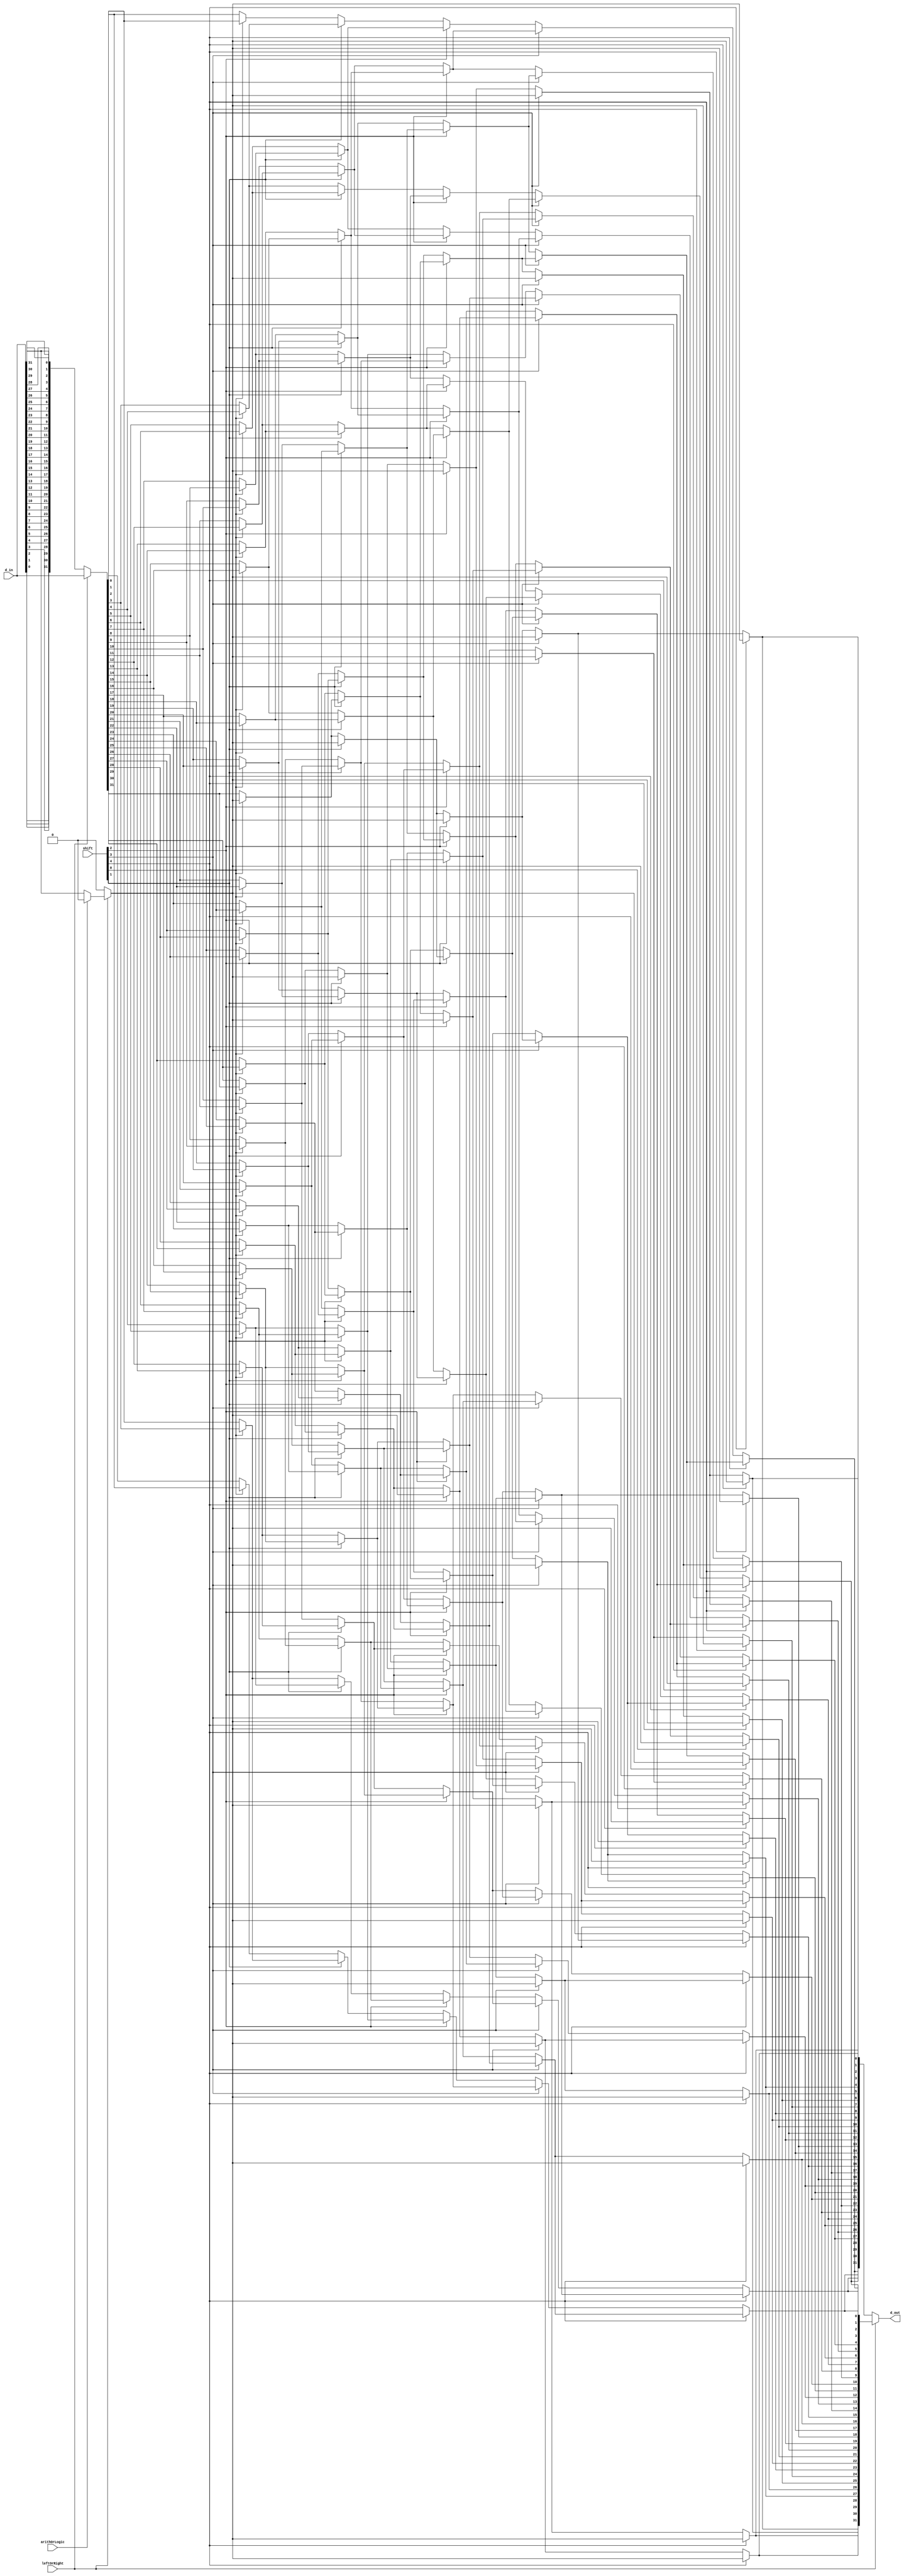
`ifndef __SHIFTER32__
`define __SHIFTER32__
module shifter32#(parameter DATA_WIDTH=32, parameter SHIFT_WIDTH=5) (
        input [DATA_WIDTH-1:0] d_in,
        input [SHIFT_WIDTH-1:0] shift,
        input arithOrLogic, // SRA or SRL
        input leftOrRight, // shift left or right, 1 for right, 0 for left
        output [DATA_WIDTH-1:0] d_out);


    wire M1_00, M1_01, M1_02, M1_03, M1_04, M1_05, M1_06, M1_07, M1_08, M1_09, M1_10, M1_11, M1_12, M1_13, M1_14, M1_15, M1_16, M1_17, M1_18, M1_19, M1_20, M1_21, M1_22, M1_23, M1_24, M1_25, M1_26, M1_27, M1_28, M1_29, M1_30, M1_31;
    wire M2_00, M2_01, M2_02, M2_03, M2_04, M2_05, M2_06, M2_07, M2_08, M2_09, M2_10, M2_11, M2_12, M2_13, M2_14, M2_15, M2_16, M2_17, M2_18, M2_19, M2_20, M2_21, M2_22, M2_23, M2_24, M2_25, M2_26, M2_27, M2_28, M2_29, M2_30, M2_31;
    wire M3_00, M3_01, M3_02, M3_03, M3_04, M3_05, M3_06, M3_07, M3_08, M3_09, M3_10, M3_11, M3_12, M3_13, M3_14, M3_15, M3_16, M3_17, M3_18, M3_19, M3_20, M3_21, M3_22, M3_23, M3_24, M3_25, M3_26, M3_27, M3_28, M3_29, M3_30, M3_31;
    wire M4_00, M4_01, M4_02, M4_03, M4_04, M4_05, M4_06, M4_07, M4_08, M4_09, M4_10, M4_11, M4_12, M4_13, M4_14, M4_15, M4_16, M4_17, M4_18, M4_19, M4_20, M4_21, M4_22, M4_23, M4_24, M4_25, M4_26, M4_27, M4_28, M4_29, M4_30, M4_31;
    wire msbFill;  // is shift right arithmatic, fill the msb with d[DATA_WIDTH-1], otherwish fill msb with 0.
    wire [DATA_WIDTH-1: 0] shifter_d_in, shifter_d_out; // we only implement shift right in shift array, shift left is finishing by turning over the input and turning over the output of the shift array.

    assign msbFill=leftOrRight ? (arithOrLogic?0:d_in[DATA_WIDTH-1]) : 0;
    assign shifter_d_in=leftOrRight? d_in :{d_in[0], d_in[1], d_in[2], d_in[3], d_in[4], d_in[5], d_in[6], d_in[7], d_in[8], d_in[9], d_in[10], d_in[11], d_in[12], d_in[13], d_in[14], d_in[15], d_in[16], d_in[17], d_in[18], d_in[19], d_in[20], d_in[21], d_in[22], d_in[23], d_in[24], d_in[25], d_in[26], d_in[27], d_in[28], d_in[29], d_in[30], d_in[31]};

    // shift array logic begin
    // --------first column of shiter array: first shift column can choose shift by 0 bit or 1 bit
    assign M1_00=shift[0]?shifter_d_in[1] :shifter_d_in[0];
    assign M1_01=shift[0]?shifter_d_in[2] :shifter_d_in[1];
    assign M1_02=shift[0]?shifter_d_in[3] :shifter_d_in[2];
    assign M1_03=shift[0]?shifter_d_in[4] :shifter_d_in[3];
    assign M1_04=shift[0]?shifter_d_in[5] :shifter_d_in[4];
    assign M1_05=shift[0]?shifter_d_in[6] :shifter_d_in[5];
    assign M1_06=shift[0]?shifter_d_in[7] :shifter_d_in[6];
    assign M1_07=shift[0]?shifter_d_in[8] :shifter_d_in[7];
    assign M1_08=shift[0]?shifter_d_in[9] :shifter_d_in[8];
    assign M1_09=shift[0]?shifter_d_in[10]:shifter_d_in[9];
    assign M1_10=shift[0]?shifter_d_in[11]:shifter_d_in[10];
    assign M1_11=shift[0]?shifter_d_in[12]:shifter_d_in[11];
    assign M1_12=shift[0]?shifter_d_in[13]:shifter_d_in[12];
    assign M1_13=shift[0]?shifter_d_in[14]:shifter_d_in[13];
    assign M1_14=shift[0]?shifter_d_in[15]:shifter_d_in[14];
    assign M1_15=shift[0]?shifter_d_in[16]:shifter_d_in[15];
    assign M1_16=shift[0]?shifter_d_in[17]:shifter_d_in[16];
    assign M1_17=shift[0]?shifter_d_in[18]:shifter_d_in[17];
    assign M1_18=shift[0]?shifter_d_in[19]:shifter_d_in[18];
    assign M1_19=shift[0]?shifter_d_in[20]:shifter_d_in[19];
    assign M1_20=shift[0]?shifter_d_in[21]:shifter_d_in[20];
    assign M1_21=shift[0]?shifter_d_in[22]:shifter_d_in[21];
    assign M1_22=shift[0]?shifter_d_in[23]:shifter_d_in[22];
    assign M1_23=shift[0]?shifter_d_in[24]:shifter_d_in[23];
    assign M1_24=shift[0]?shifter_d_in[25]:shifter_d_in[24];
    assign M1_25=shift[0]?shifter_d_in[26]:shifter_d_in[25];
    assign M1_26=shift[0]?shifter_d_in[27]:shifter_d_in[26];
    assign M1_27=shift[0]?shifter_d_in[28]:shifter_d_in[27];
    assign M1_28=shift[0]?shifter_d_in[29]:shifter_d_in[28];
    assign M1_29=shift[0]?shifter_d_in[30]:shifter_d_in[29];
    assign M1_30=shift[0]?shifter_d_in[31]:shifter_d_in[30];
    assign M1_31=shift[0]?msbFill         :shifter_d_in[31];
    // --------second column of shiter array: second shift column can choose shift by 0 bit or 2 bit
    assign M2_00=shift[1]?M1_02   :M1_00;
    assign M2_01=shift[1]?M1_03   :M1_01;
    assign M2_02=shift[1]?M1_04   :M1_02;
    assign M2_03=shift[1]?M1_05   :M1_03;
    assign M2_04=shift[1]?M1_06   :M1_04;
    assign M2_05=shift[1]?M1_07   :M1_05;
    assign M2_06=shift[1]?M1_08   :M1_06;
    assign M2_07=shift[1]?M1_09   :M1_07;
    assign M2_08=shift[1]?M1_10   :M1_08;
    assign M2_09=shift[1]?M1_11   :M1_09;
    assign M2_10=shift[1]?M1_12   :M1_10;
    assign M2_11=shift[1]?M1_13   :M1_11;
    assign M2_12=shift[1]?M1_14   :M1_12;
    assign M2_13=shift[1]?M1_15   :M1_13;
    assign M2_14=shift[1]?M1_16   :M1_14;
    assign M2_15=shift[1]?M1_17   :M1_15;
    assign M2_16=shift[1]?M1_18   :M1_16;
    assign M2_17=shift[1]?M1_19   :M1_17;
    assign M2_18=shift[1]?M1_20   :M1_18;
    assign M2_19=shift[1]?M1_21   :M1_19;
    assign M2_20=shift[1]?M1_22   :M1_20;
    assign M2_21=shift[1]?M1_23   :M1_21;
    assign M2_22=shift[1]?M1_24   :M1_22;
    assign M2_23=shift[1]?M1_25   :M1_23;
    assign M2_24=shift[1]?M1_26   :M1_24;
    assign M2_25=shift[1]?M1_27   :M1_25;
    assign M2_26=shift[1]?M1_28   :M1_26;
    assign M2_27=shift[1]?M1_29   :M1_27;
    assign M2_28=shift[1]?M1_30   :M1_28;
    assign M2_29=shift[1]?M1_31   :M1_29;
    assign M2_30=shift[1]?msbFill :M1_30;
    
    assign M2_31=shift[1]?msbFill :M1_31;
    
    // --------third column of shiter array: third shift column can choose shift by 0 bit or 4 bit
    assign M3_00=shift[2]?M2_04   :M2_00;
    assign M3_01=shift[2]?M2_05   :M2_01;
    assign M3_02=shift[2]?M2_06   :M2_02;
    assign M3_03=shift[2]?M2_07   :M2_03;
    assign M3_04=shift[2]?M2_08   :M2_04;
    assign M3_05=shift[2]?M2_09   :M2_05;
    assign M3_06=shift[2]?M2_10   :M2_06;
    assign M3_07=shift[2]?M2_11   :M2_07;
    assign M3_08=shift[2]?M2_12   :M2_08;
    assign M3_09=shift[2]?M2_13   :M2_09;
    assign M3_10=shift[2]?M2_14   :M2_10;
    assign M3_11=shift[2]?M2_15   :M2_11;
    assign M3_12=shift[2]?M2_16   :M2_12;
    assign M3_13=shift[2]?M2_17   :M2_13;
    assign M3_14=shift[2]?M2_18   :M2_14;
    assign M3_15=shift[2]?M2_19   :M2_15;
    assign M3_16=shift[2]?M2_20   :M2_16;
    assign M3_17=shift[2]?M2_21   :M2_17;
    assign M3_18=shift[2]?M2_22   :M2_18;
    assign M3_19=shift[2]?M2_23   :M2_19;
    assign M3_20=shift[2]?M2_24   :M2_20;
    assign M3_21=shift[2]?M2_25   :M2_21;
    assign M3_22=shift[2]?M2_26   :M2_22;
    assign M3_23=shift[2]?M2_27   :M2_23;
    assign M3_24=shift[2]?M2_28   :M2_24;
    assign M3_25=shift[2]?M2_29   :M2_25;
    assign M3_26=shift[2]?M2_30   :M2_26;
    assign M3_27=shift[2]?M2_31   :M2_27;
    assign M3_28=shift[2]?msbFill :M2_28;
    assign M3_29=shift[2]?msbFill :M2_29;
    assign M3_30=shift[2]?msbFill :M2_30;
    
    assign M3_31=shift[2]?msbFill :M2_31;
    
    // --------forth column of shiter array: forth shift column can choose shift by 0 bit or 8 bit
    assign M4_00=shift[3]?M3_08  :M3_00;
    assign M4_01=shift[3]?M3_09   :M3_01;
    assign M4_02=shift[3]?M3_10   :M3_02;
    assign M4_03=shift[3]?M3_11   :M3_03;
    assign M4_04=shift[3]?M3_12   :M3_04;
    assign M4_05=shift[3]?M3_13   :M3_05;
    assign M4_06=shift[3]?M3_14   :M3_06;
    assign M4_07=shift[3]?M3_15   :M3_07;
    assign M4_08=shift[3]?M3_16   :M3_08;
    assign M4_09=shift[3]?M3_17   :M3_09;
    assign M4_10=shift[3]?M3_18   :M3_10;
    assign M4_11=shift[3]?M3_19   :M3_11;
    assign M4_12=shift[3]?M3_20   :M3_12;
    assign M4_13=shift[3]?M3_21   :M3_13;
    assign M4_14=shift[3]?M3_22   :M3_14;
    assign M4_15=shift[3]?M3_23   :M3_15;
    assign M4_16=shift[3]?M3_24   :M3_16;
    assign M4_17=shift[3]?M3_25   :M3_17;
    assign M4_18=shift[3]?M3_26   :M3_18;
    assign M4_19=shift[3]?M3_27   :M3_19;
    assign M4_20=shift[3]?M3_28   :M3_20;
    assign M4_21=shift[3]?M3_29   :M3_21;
    assign M4_22=shift[3]?M3_30   :M3_22;
    assign M4_23=shift[3]?M3_31   :M3_23;
    assign M4_24=shift[3]?msbFill :M3_24;
    assign M4_25=shift[3]?msbFill :M3_25;
    assign M4_26=shift[3]?msbFill :M3_26;
    assign M4_27=shift[3]?msbFill :M3_27;
    assign M4_28=shift[3]?msbFill :M3_28;
    assign M4_29=shift[3]?msbFill :M3_29;
    assign M4_30=shift[3]?msbFill :M3_30;
    
    assign M4_31=shift[3]?msbFill :M3_31;
    
    // --------output column of shiter array: output shift column can choose shift by 0 bit or 16 bit
    assign shifter_d_out[0 ]=shift[4]?M4_16   :M4_00;
    assign shifter_d_out[1 ]=shift[4]?M4_17   :M4_01;
    assign shifter_d_out[2 ]=shift[4]?M4_18   :M4_02;
    assign shifter_d_out[3 ]=shift[4]?M4_19   :M4_03;
    assign shifter_d_out[4 ]=shift[4]?M4_20   :M4_04;
    assign shifter_d_out[5 ]=shift[4]?M4_21   :M4_05;
    assign shifter_d_out[6 ]=shift[4]?M4_22   :M4_06;
    assign shifter_d_out[7 ]=shift[4]?M4_23   :M4_07;
    assign shifter_d_out[8 ]=shift[4]?M4_24   :M4_08;
    assign shifter_d_out[9 ]=shift[4]?M4_25   :M4_09;
    assign shifter_d_out[10]=shift[4]?M4_26   :M4_10;
    assign shifter_d_out[11]=shift[4]?M4_27   :M4_11;
    assign shifter_d_out[12]=shift[4]?M4_28   :M4_12;
    assign shifter_d_out[13]=shift[4]?M4_29   :M4_13;
    assign shifter_d_out[14]=shift[4]?M4_30   :M4_14;
    assign shifter_d_out[15]=shift[4]?M4_31   :M4_15;
    assign shifter_d_out[16]=shift[4]?msbFill :M4_16;
    assign shifter_d_out[17]=shift[4]?msbFill :M4_17;
    assign shifter_d_out[18]=shift[4]?msbFill :M4_18;
    assign shifter_d_out[19]=shift[4]?msbFill :M4_19;
    assign shifter_d_out[20]=shift[4]?msbFill :M4_20;
    assign shifter_d_out[21]=shift[4]?msbFill :M4_21;
    assign shifter_d_out[22]=shift[4]?msbFill :M4_22;
    assign shifter_d_out[23]=shift[4]?msbFill :M4_23;
    assign shifter_d_out[24]=shift[4]?msbFill :M4_24;
    assign shifter_d_out[25]=shift[4]?msbFill :M4_25;
    assign shifter_d_out[26]=shift[4]?msbFill :M4_26;
    assign shifter_d_out[27]=shift[4]?msbFill :M4_27;
    assign shifter_d_out[28]=shift[4]?msbFill :M4_28;
    assign shifter_d_out[29]=shift[4]?msbFill :M4_29;
    assign shifter_d_out[30]=shift[4]?msbFill :M4_30;
    
    assign shifter_d_out[31]=shift[4]?msbFill :M4_31;
    
    // shift array logic end

    assign d_out=leftOrRight? shifter_d_out: {shifter_d_out[0], shifter_d_out[1], shifter_d_out[2], shifter_d_out[3], shifter_d_out[4], shifter_d_out[5], shifter_d_out[6], shifter_d_out[7], shifter_d_out[8], shifter_d_out[9], shifter_d_out[10], shifter_d_out[11], shifter_d_out[12], shifter_d_out[13], shifter_d_out[14], shifter_d_out[15], shifter_d_out[16], shifter_d_out[17], shifter_d_out[18], shifter_d_out[19], shifter_d_out[20], shifter_d_out[21], shifter_d_out[22], shifter_d_out[23], shifter_d_out[24], shifter_d_out[25], shifter_d_out[26], shifter_d_out[27], shifter_d_out[28], shifter_d_out[29], shifter_d_out[30], shifter_d_out[31]};
endmodule
`endif